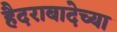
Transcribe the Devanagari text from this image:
हैदराबादेच्या